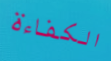
الكفاءة